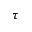
\tau